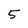
Character: 5